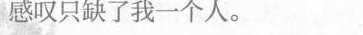
感叹只缺了我一个人